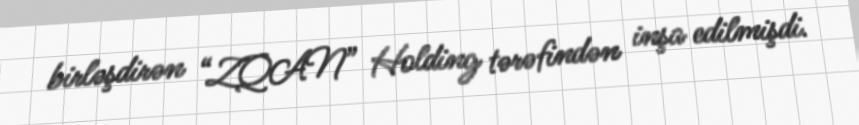
birləşdirən “ZQAN” Holding tərəfindən inşa edilmişdi.